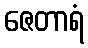
ဇေတာရံ